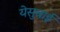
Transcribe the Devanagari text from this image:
येसुबाई